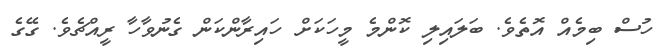
ހުސް ބިމެއް އޮތެވެ. ބަލައިލި ކޮންމެ މީހަކަށް ހައިރާންކަން ގެނުވާހާ ރީއްޗެވެ. ގޭގެ